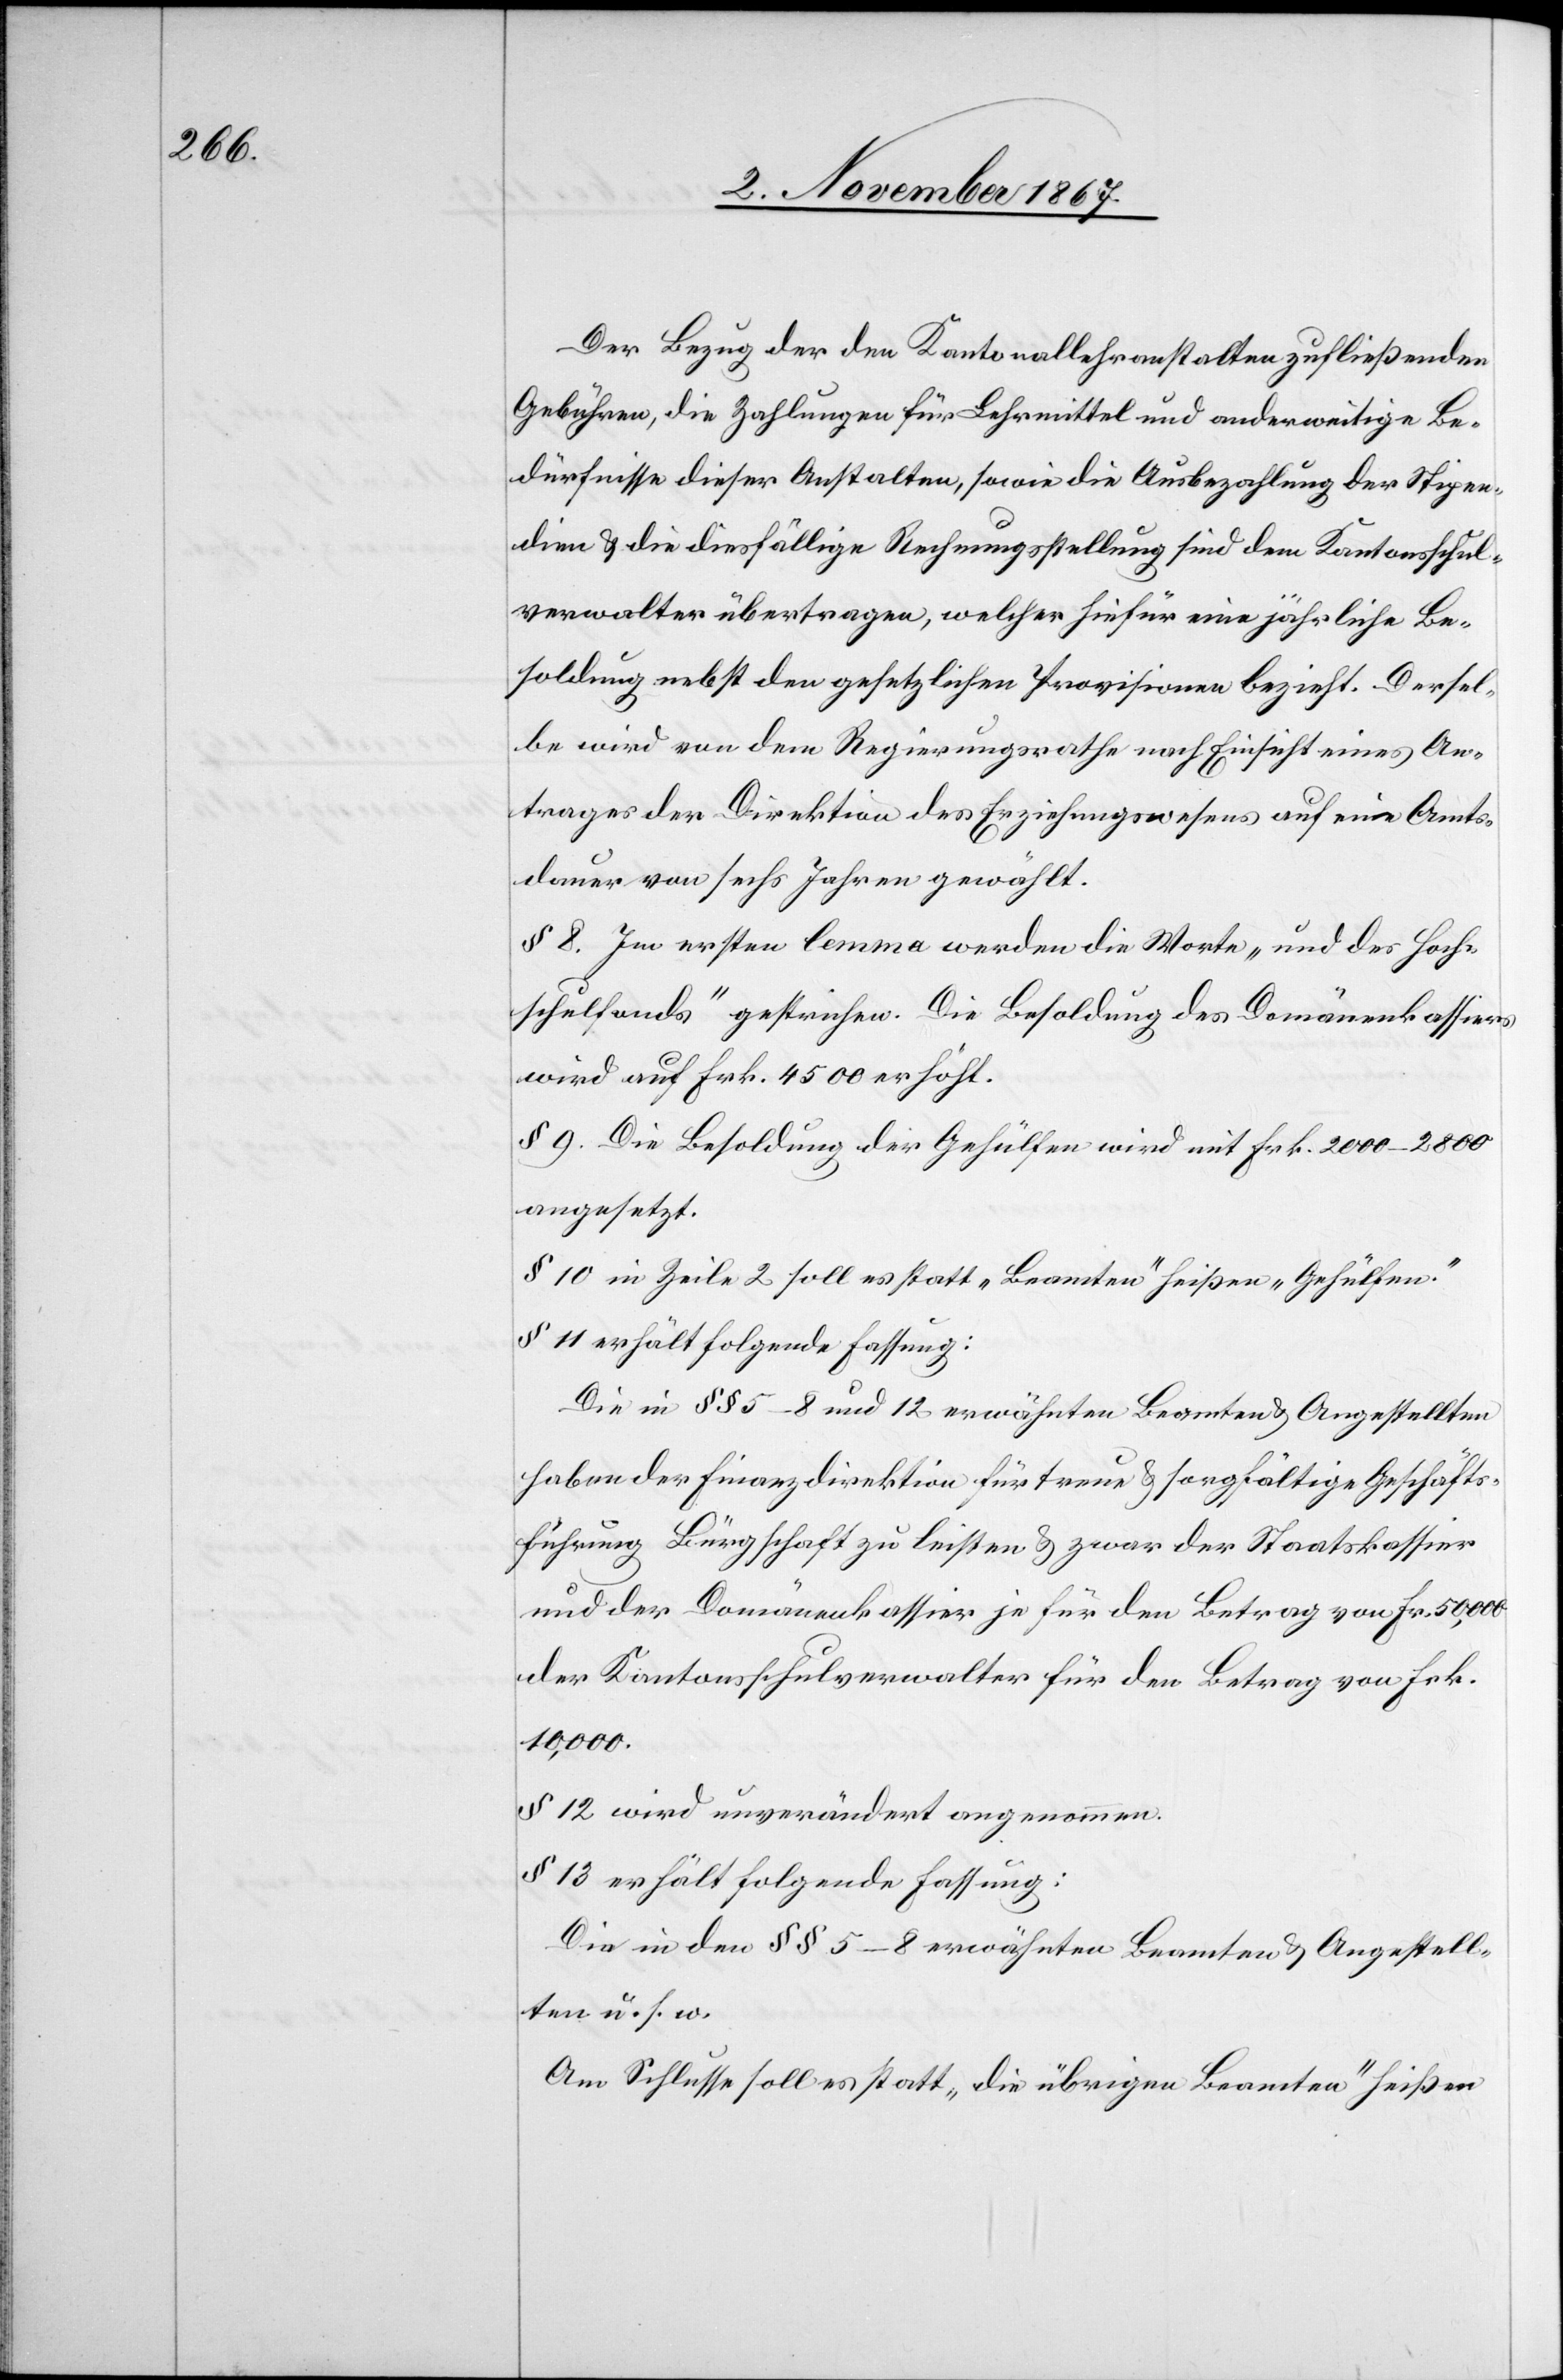
Der Bezug der den Kantonallehranstalten zufließenden
Gebühren, die Zahlungen für Lehrmittel und anderweitige Be¬
dürfnisse dieser Anstalten, sowie die Ausbezahlung der Stipen¬
dien u. die diesfällige Rechnungsstellung sind dem Kantonsschul¬
verwalter übertragen, welcher hiefür eine jährliche Be¬
soldung nebst den gesetzlichen Provisionen bezieht. Dersel¬
be wird von dem Regierungsrathe nach Einsicht eines An¬
trages der Direktion des Erziehungswesens auf eine Amts¬
dauer von sechs Jahren gewählt.
§ 8. Im ersten lemma werden die Worte „und des Hoch¬
schulfonds“ gestrichen. Die Besoldung des Domänenkassiers
wird auf Frk. 4500 erhöht.
§ 9. Die Besoldung der Gehülfen wird mit Frk. 2000–2800
angesetzt.
§ 10 in Zeile 2 soll es statt „Beamten“ heißen: „Gehülfen“.
§ 11 erhält folgende Fassung:
Die in § § 5–8 und 12 erwähnten Beamten u. Angestellten
haben der Finanzdirektion für treue u. sorgfältige Geschäfts¬
führung Bürgschaft zu leisten u. zwar der Staatskassier
und der Domänenkassier je für den Betrag von Fr. 50 000,
der Kantonsschulverwalter für den Betrag von Frk.
10 000.
§ 13 wird unverändert angneommen.
§ 13 erhält folgende Fassung:
Die in den § § 5–8 erwähnten Beamten u. Angestell¬
ten u. s. w.
Am Schluss soll es statt „die übrigen Beamten“ heißen